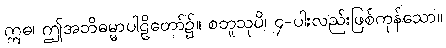
ဣဓ၊ ဤအဘိဓမ္မာပါဠိတော်၌။ စတူသုပိ၊ ၄-ပါးလည်းဖြစ်ကုန်သော။